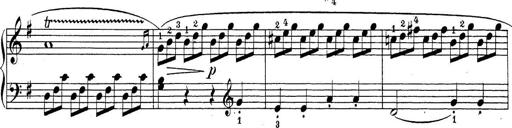
Title: Sonatina Album
Composer: Louis KÃ¶hler